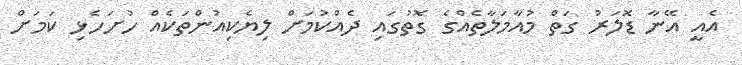
އެއީ އޭނާ ޑޮލަރު ގަތް މުއާމަލާތެއްގެ ގޮތުގައި ދެއްކުމަށް ލިޔެކިއުންތަކެއް ހުށަހެޅި ކަމަށް